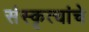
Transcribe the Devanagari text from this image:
संस्कृत्यांचे